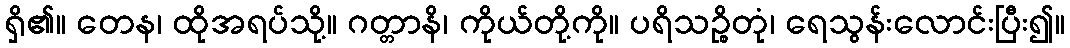
ရှိ၏။ တေန၊ ထိုအရပ်သို့။ ဂတ္တာနိ၊ ကိုယ်တို့ကို။ ပရိသဉ္စိတုံ၊ ရေသွန်းလောင်းပြီး၍။